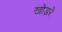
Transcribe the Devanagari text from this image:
खोड़रे